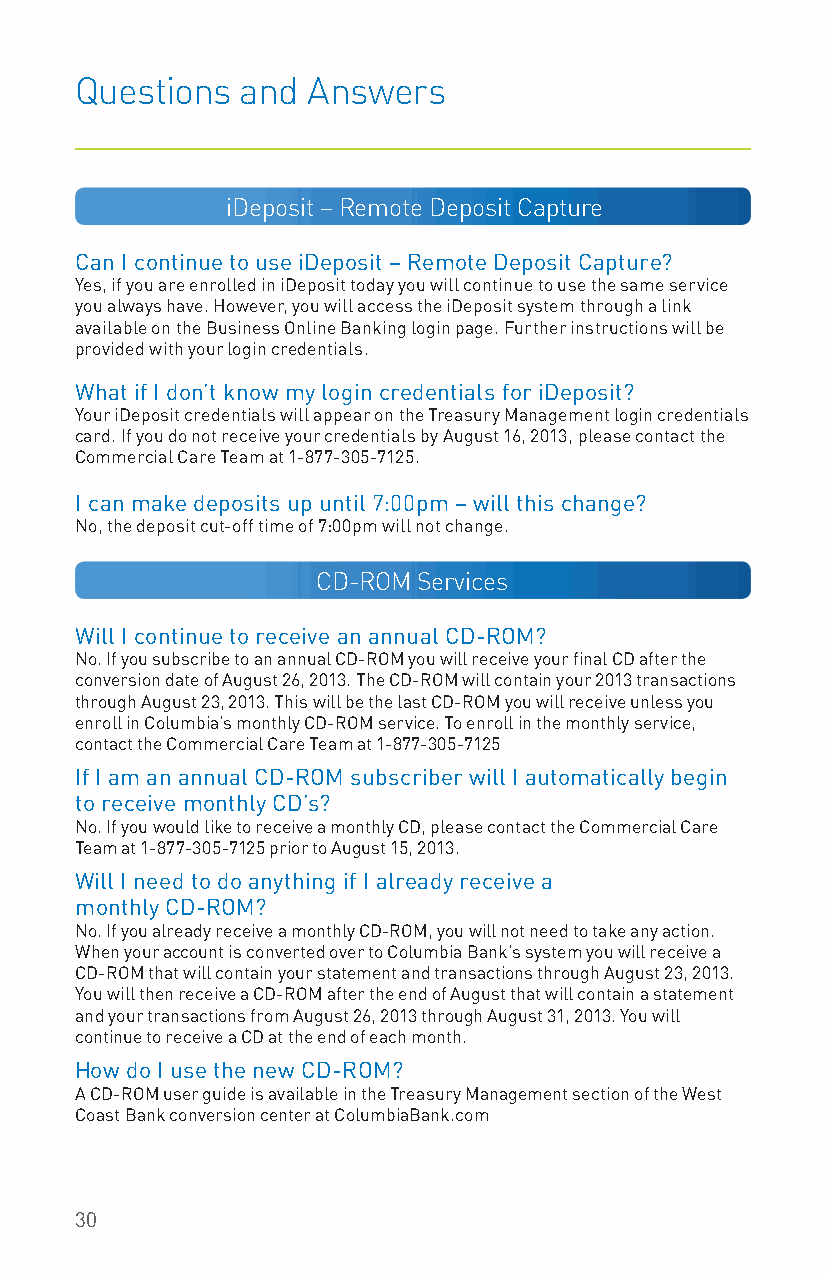
Questions  and Answers
 iDeposit – Remote Deposit Capture
 Can I continue to use iDeposit – Remote Deposit Capture?
 Yes, if you are enrolled in iDeposit today you will continue to use the same service
 you always have. However, you will access the iDeposit system through a link
 available on the Business Online Banking login page. Further instructions will be
 provided with your login credentials.
 What if I don’t know my login credentials for iDeposit?
 Your iDeposit credentials will appear on the Treasury Management login credentials
 card. If you do not receive your credentials by August 16, 2013, please contact the
 Commercial Care Team at 1-877-305-7125.
 I can make deposits up until 7:00pm – will this change?
 No, the deposit cut-off time of 7:00pm will not change.
 CD-ROM Services
 Will I continue to receive an annual CD-ROM?
 No. If you subscribe to an annual CD-ROM you will receive your final CD after the
 conversion date of August 26, 2013. The CD-ROM will contain your 2013 transactions
 through August 23, 2013. This will be the last CD-ROM you will receive unless you
 enroll in Columbia’s monthly CD-ROM service. To enroll in the monthly service,
 contact the Commercial Care Team at 1-877-305-7125
 If I am an annual CD-ROM subscriber will I automatically begin
 to receive monthly CD’s?
 No. If you would like to receive a monthly CD, please contact the Commercial Care
 Team at 1-877-305-7125 prior to August 15, 2013.
 Will I need to do anything if I already receive a
 monthly CD-ROM?
 No. If you already receive a monthly CD-ROM, you will not need to take any action.
 When your account is converted over to Columbia Bank’s system you will receive a
 CD-ROM that will contain your statement and transactions through August 23, 2013.
 You will then receive a CD-ROM after the end of August that will contain a statement
 and your transactions from August 26, 2013 through August 31, 2013. You will
 continue to receive a CD at the end of each month.
 How do I use the new CD-ROM?
 A CD-ROM user guide is available in the Treasury Management section of the West
 Coast Bank conversion center at ColumbiaBank.com
 30